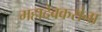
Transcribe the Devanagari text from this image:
महादेवकरांना